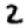
Digit: 2